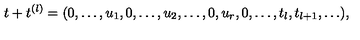
t + t ^ { ( l ) } = ( 0 , \ldots , u _ { 1 } , 0 , \ldots , u _ { 2 } , \ldots , 0 , u _ { r } , 0 , \ldots , t _ { l } , t _ { l + 1 } , \ldots ) ,